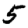
Digit: 5